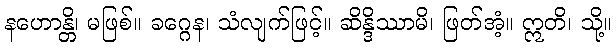
နဟောန္တိ၊ မဖြစ်။ ခဂ္ဂေန၊ သံလျက်ဖြင့်။ ဆိန္ဒိဿာမိ၊ ဖြတ်အံ့။ ဣတိ၊ သို့။